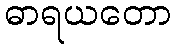
ဓာရယတော